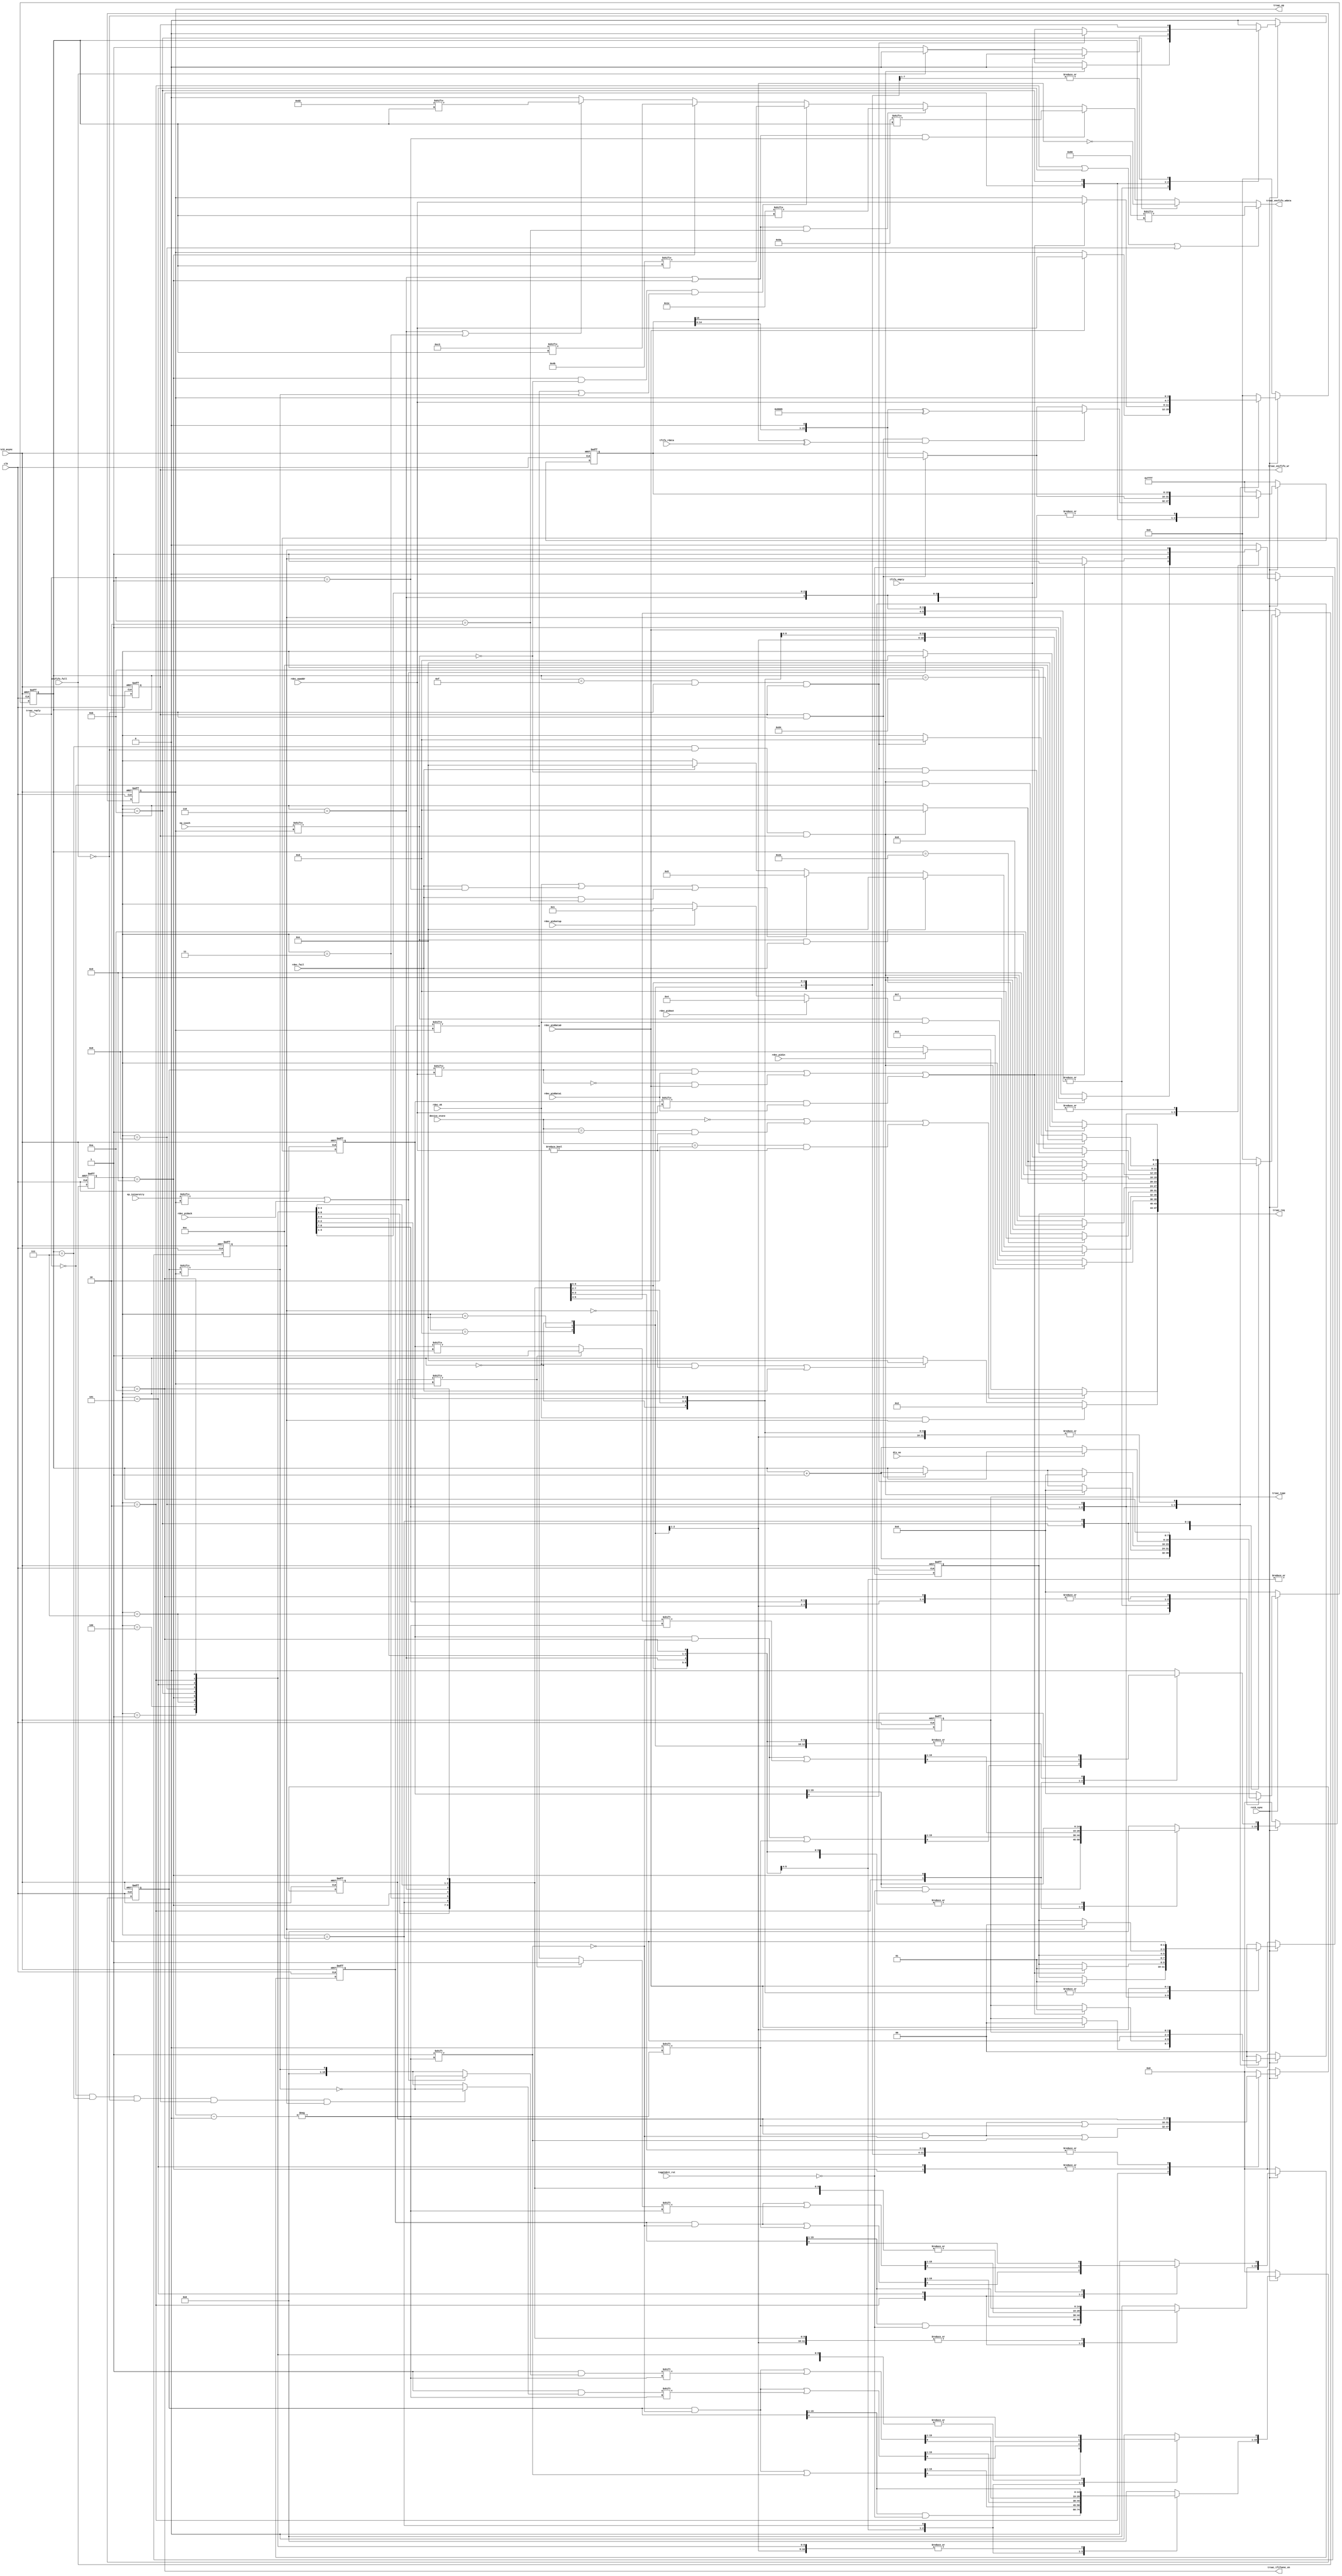
/*------------------------------------------------------------------------

1 Purpose

  Transactions control, toggle bits control.

2 Transaction IN control

  - Receive TOKEN packet;
  - request to user and wait reply from user;
  - send DATA packet;
  - wait HANDSHAKE packet from USB host (for not isochronous endpoints);
  - status transaction.

3 Transaction OUT/SETUP control

  - Receive TOKEN packet;
  - receive DATA packet;
  - request to user and wait reply from user;
  - send HANDSHAKE packet to USB host (for not isochronous endpoints);
  - status transaction.

------------------------------------------------------------------------*/
module usb_trsacner (
                    input           clk,
                    input           rst0_async,
                    input           rst0_sync,
                    //DECODER
                    input[3:0]      rdec_epaddr,
                    input           rdec_pidin,
                    input           rdec_pidout,
                    input           rdec_pidsetup,
                    input           rdec_piddata0,
                    input           rdec_piddata1,
                    input           rdec_pidack,
                    input          rdec_ok,
                    input          rdec_fail,
                    //ENCODER
                    input           encfifo_full,
                    input           dtx_oe,
                    output reg      trsac_encfifo_wr,
                    output          trsac_encfifo_wdata,
                    output          trsac_tfifoenc_en,
                    //TFIFO
                    input           tfifo_empty,
                    input           tfifo_rdata,
                    //TRSAC
                    input[1:0]      trsac_reply,
                    output reg[1:0] trsac_req,
                    output reg[1:0] trsac_type,
                    output reg[3:0] trsac_ep,

                    input[15:0]     ep_isoch,
                    input[15:0]     ep_intnoretry,

                    input[15:1]     togglebit_rst,
                    input[2:0]      device_state
                    );

  reg[15:0]   was_setup;
  reg[15:0]   was_out;
  reg[15:0]   was_in;
  reg[15:0]   toggle_bit;
  reg[15:0]   crc16;
  reg[7:0]    counter;
  reg         lastbit;
  reg         datapid_valid;
  wire        datapid_valid_comb;
  reg[3:0]    trsac_state;
  localparam  TOKEN=4'd0,
              //SETUP
              SETUPDATA=4'd1,
              SETUPHSK_SYNC=4'd2,
              SETUPHSK_PID=4'd3,
              //OUT
              OUTDATA=4'd4,
              OUTHSK_SYNC=4'd5,
              OUTHSK_PID=4'd6,
              OUTHSK_NONE=4'd7,
              //IN
              INDATA_SYNC=4'd8,
              INDATA_PID=4'd9,
              INDATA_DATA=4'd10,
              INDATA_CRC16=4'd11,
              INHSK=4'd12,
              //STATUS
              TRSAC_OK=4'd13,
              TRSAC_FAIL=4'd14;
  localparam  PID_IN=4'b1001,
              PID_OUT=4'b0001,
              PID_SOF=4'b0101,
              PID_SETUP=4'b1101,
              PID_DATA0=4'b0011,
              PID_DATA1=4'b1011,
              PID_ACK=4'b0010,
              PID_NAK=4'b1010,
              PID_STALL=4'b1110;
  wire[7:0]   sync;
  wire[7:0]   pid_ack;
  wire[7:0]   pid_nak;
  wire[7:0]   pid_stall;
  wire[7:0]   pid_data1;
  wire[7:0]   pid_data0;
  localparam  REQ_OK=2'd0,
              REQ_ACTIVE=2'd1,
              REQ_FAIL=2'd2;
  localparam  TYPE_SETUP=2'd0,
              TYPE_OUT=2'd1,
              TYPE_IN=2'd2;
  localparam  REPLY_ACK=2'd0,
              REPLY_NAK=2'd1,
              REPLY_STALL=2'd2;

  assign sync=8'b1000_0000;
  assign pid_ack= {~PID_ACK,PID_ACK};
  assign pid_nak= {~PID_NAK,PID_NAK};
  assign pid_stall= {~PID_STALL,PID_STALL};
  assign pid_data1= {~PID_DATA1,PID_DATA1};
  assign pid_data0= {~PID_DATA0,PID_DATA0};
  assign trsac_tfifoenc_en= trsac_state==INDATA_DATA;
  assign datapid_valid_comb= (toggle_bit[rdec_epaddr] & rdec_piddata1) |
                              (!toggle_bit[rdec_epaddr] & rdec_piddata0) |
                              (was_in[rdec_epaddr] & rdec_piddata1);
  assign trsac_encfifo_wdata= trsac_state==SETUPHSK_SYNC |
                          trsac_state==OUTHSK_SYNC |
                          trsac_state==INDATA_SYNC ? sync[counter] :

                          trsac_state==INDATA_CRC16 ? ~crc16[8'd15] :

                          (trsac_state==OUTHSK_PID |
                          trsac_state==INDATA_PID) &
                          trsac_reply==REPLY_NAK ? pid_nak[counter] :

                          (trsac_state==OUTHSK_PID |
                          trsac_state==INDATA_PID) &
                          trsac_reply==REPLY_STALL ? pid_stall[counter] :

                          trsac_state==INDATA_PID &
                          !ep_isoch[trsac_ep] &
                          (was_out[trsac_ep] |
                          toggle_bit[trsac_ep]) ? pid_data1[counter] :

                          trsac_state==INDATA_PID ? pid_data0[counter] :

                          (trsac_state==OUTHSK_PID |
                          trsac_state==SETUPHSK_PID) ? pid_ack[counter] :
                          1'b0;

  always @(posedge clk, negedge rst0_async)
    begin
    if(!rst0_async)
      begin
      trsac_encfifo_wr<=1'b0;
      trsac_req<=REQ_OK;
      trsac_type<=2'd0;
      trsac_ep<=4'd0;
      was_setup<=16'd0;
      was_out<=16'd0;
      was_in<=16'd0;
      toggle_bit<=16'd0;
      crc16<=16'hFFFF;
      counter<=8'd0;
      lastbit<=1'b0;
      datapid_valid<=1'b0;
      trsac_state<=4'd0;
      end
    else if(!rst0_sync)
      begin
      trsac_encfifo_wr<=1'b0;
      trsac_req<=REQ_OK;
      trsac_type<=2'd0;
      trsac_ep<=4'd0;
      was_setup<=16'd0;
      was_out<=16'd0;
      was_in<=16'd0;
      toggle_bit<=16'd0;
      crc16<=16'hFFFF;
      counter<=8'd0;
      lastbit<=1'b0;
      datapid_valid<=1'b0;
      trsac_state<=4'd0;
      end
    else
      begin
      case(trsac_state)
      TOKEN:
        begin
        datapid_valid<=1'b0;
        counter<=8'd0;
        was_in[15:1]<= was_in[15:1] & ~togglebit_rst;
        was_out[15:1]<= was_out[15:1] & ~togglebit_rst;
        toggle_bit[15:1]<= toggle_bit[15:1] & ~togglebit_rst;
        trsac_state<= device_state==4'd0 |
                      (device_state==4'd1 &
                       rdec_epaddr!=4'd0) |
                      (device_state==4'd2 &
                       rdec_epaddr!=4'd0) ? trsac_state :
                      rdec_pidin ? INDATA_SYNC :
                      rdec_pidout ? OUTDATA :
                      rdec_pidsetup ? SETUPDATA :
                      trsac_state;
        end
      SETUPDATA:
        begin
        trsac_type<= rdec_piddata0 ? TYPE_SETUP : trsac_type;
        trsac_ep<= rdec_piddata0 ? rdec_epaddr : trsac_ep;
        trsac_req<= rdec_piddata0 ? REQ_ACTIVE : trsac_req;
        datapid_valid<= rdec_piddata0 ? 1'b1 : datapid_valid;
        trsac_state<= rdec_ok & datapid_valid ? SETUPHSK_SYNC :
                      (rdec_ok & !datapid_valid) | rdec_fail ? TRSAC_FAIL:
                      trsac_state;
        end
      SETUPHSK_SYNC:
        begin
        was_setup[trsac_ep]<= 1'b1;
        was_in[trsac_ep]<=1'b0;
        was_out[trsac_ep]<=1'b0;
        trsac_encfifo_wr<= counter==8'd7 & !encfifo_full &
                           trsac_encfifo_wr ? 1'b0 :
                           !encfifo_full ? 1'b1 : 1'b0;
        counter<= counter==8'd7 & !encfifo_full &
                  trsac_encfifo_wr ? 8'd0 :
                  trsac_encfifo_wr & !encfifo_full ? counter+1'b1 :
                  counter;
        trsac_state<= counter==8'd7 & !encfifo_full &
                      trsac_encfifo_wr ? SETUPHSK_PID :
                      trsac_state;
        end
      SETUPHSK_PID:
        begin
        toggle_bit[trsac_ep]<=1'b1;
        trsac_encfifo_wr<=  counter==8'd7 & !encfifo_full &
                            trsac_encfifo_wr ? 1'b0 :
                            !encfifo_full ? 1'b1 : 1'b0;
        counter<= counter==8'd7 & !encfifo_full &
                  trsac_encfifo_wr ? 8'd0 :
                  trsac_encfifo_wr & !encfifo_full ? counter+1'b1 :
                  counter;
        trsac_state<= counter==8'd7 & !encfifo_full &
                      trsac_encfifo_wr ? TRSAC_OK :
                      trsac_state;
        end
      OUTDATA:
        begin
        trsac_type<= datapid_valid_comb ? TYPE_OUT : trsac_type;
        trsac_ep<= datapid_valid_comb ? rdec_epaddr : trsac_ep;
        trsac_req<= datapid_valid_comb ? REQ_ACTIVE : trsac_req;
        datapid_valid<= datapid_valid_comb ? 1'b1 : datapid_valid;
        trsac_state<= ep_isoch[trsac_ep] & rdec_ok ? OUTHSK_NONE :
                      ep_isoch[trsac_ep] & rdec_fail ? TRSAC_FAIL :
                      rdec_ok |
                      (rdec_fail & trsac_reply==REPLY_NAK) |
                      (rdec_fail & trsac_reply==REPLY_STALL) ?OUTHSK_SYNC:
                      rdec_fail ? TRSAC_FAIL :
                      trsac_state;
        end
      OUTHSK_NONE:
        begin
        counter<= counter+1'b1;
        trsac_state<= counter==8'd34 ? TRSAC_OK : trsac_state;
        end
      OUTHSK_SYNC:
        begin
        was_setup[trsac_ep]<=1'b0;
        was_out[trsac_ep]<= was_setup[trsac_ep] ? 1'b1 :
                            was_out[trsac_ep];
        trsac_encfifo_wr<= counter==8'd7 & !encfifo_full &
                           trsac_encfifo_wr ? 1'b0 :
                           !encfifo_full ? 1'b1 : 1'b0;
        counter<= counter==8'd7 & !encfifo_full &
                  trsac_encfifo_wr ? 8'd0 :
                  trsac_encfifo_wr & !encfifo_full ? counter+1'b1 :
                  counter;
        trsac_state<= counter==8'd7 & !encfifo_full &
                      trsac_encfifo_wr ? OUTHSK_PID :
                      trsac_state;
        end
      OUTHSK_PID:
        begin
        toggle_bit[trsac_ep]<= trsac_reply==REPLY_ACK &
                               counter==8'd7 & !encfifo_full &
                               trsac_encfifo_wr &
                               datapid_valid? ~toggle_bit[trsac_ep]:
                               toggle_bit[trsac_ep];
        trsac_encfifo_wr<=  counter==8'd7 & !encfifo_full &
                            trsac_encfifo_wr ? 1'b0 :
                            !encfifo_full ? 1'b1 : 1'b0;
        counter<= counter==8'd7 & !encfifo_full &
                  trsac_encfifo_wr ? 8'd0 :
                  trsac_encfifo_wr & !encfifo_full ? counter+1'b1 :
                  counter;
        trsac_state<= counter==8'd7 & !encfifo_full &
                      trsac_encfifo_wr ? TRSAC_OK :
                      trsac_state;
        end
      INDATA_SYNC:
        begin
        datapid_valid<=1'b1;
        trsac_type<= TYPE_IN;
        trsac_ep<= rdec_epaddr;
        trsac_req<= REQ_ACTIVE;
        trsac_encfifo_wr<= counter==8'd7 & !encfifo_full &
                           trsac_encfifo_wr ? 1'b0 :
                           !encfifo_full ? 1'b1 : 1'b0;
        counter<= counter==8'd7 & !encfifo_full &
                  trsac_encfifo_wr ? 8'd0 :
                  trsac_encfifo_wr & !encfifo_full ? counter+1'b1 :
                  counter;
        trsac_state<= counter==8'd7 & !encfifo_full &
                      trsac_encfifo_wr ? INDATA_PID :
                      trsac_state;
        end
      INDATA_PID:
        begin
        was_setup[trsac_ep]<=1'b0;
        was_in[trsac_ep]<= was_setup[trsac_ep] ? 1'b1 :
                           was_in[trsac_ep];
        crc16<= 16'hFFFF;
        trsac_encfifo_wr<= counter==8'd7 & !encfifo_full &
                           trsac_encfifo_wr ? 1'b0 :
                           !encfifo_full ? 1'b1 : 1'b0;
        counter<= counter==8'd7 & !encfifo_full &
                  trsac_encfifo_wr ? 8'd0 :
                  trsac_encfifo_wr & !encfifo_full ? counter+1'b1 :
                  counter;
        trsac_state<= counter==8'd7 & !encfifo_full &
                      trsac_encfifo_wr &
                      trsac_reply==REPLY_ACK ? INDATA_DATA :
                      counter==8'd7 & !encfifo_full &
                      trsac_encfifo_wr ? TRSAC_OK :
                      trsac_state;
        end
      INDATA_DATA:
        begin
        trsac_encfifo_wr<=  tfifo_empty ? 1'b0 :
                            !encfifo_full ? 1'b1 : 1'b0;
        crc16<= trsac_encfifo_wr & !encfifo_full &
                (crc16[15]^tfifo_rdata) ?
                {crc16[14:0],1'b0}^16'h8005 :
                trsac_encfifo_wr & !encfifo_full ? {crc16[14:0],1'b0} :
                crc16;
        trsac_state<= tfifo_empty ? INDATA_CRC16 : trsac_state;
        end
      INDATA_CRC16:
        begin
        trsac_encfifo_wr<= counter==8'd15 & !encfifo_full &
                           trsac_encfifo_wr ? 1'b0 :
                           !encfifo_full ? 1'b1 : 1'b0;
        crc16<= trsac_encfifo_wr & !encfifo_full ? {crc16[14:0],1'b0} :
                crc16;
        counter<= counter==8'd15 & !encfifo_full &
                  trsac_encfifo_wr ? 8'd0 :
                  trsac_encfifo_wr & !encfifo_full ? counter+1'b1 :
                  counter;
        trsac_state<= counter==8'd15 & !encfifo_full &
                      trsac_encfifo_wr &
                      !ep_isoch[trsac_ep] ? INHSK :
                      counter==8'd15 & !encfifo_full &
                      trsac_encfifo_wr ? TRSAC_OK :
                      trsac_state;
        end
      INHSK:
        begin
        counter<= !dtx_oe ? counter+1'b1 : counter;
        toggle_bit[trsac_ep]<= ep_intnoretry[trsac_ep] |
                                  rdec_pidack ? ~toggle_bit[trsac_ep] :
                                  toggle_bit[trsac_ep];
        trsac_state<=counter==(5'd16*3'd4+5'd17*3'd4) ? TRSAC_FAIL :
                     rdec_pidack | ep_intnoretry[trsac_ep] ? TRSAC_OK :
                     trsac_state;
        end
      TRSAC_OK:
        begin
        trsac_req<= datapid_valid ? REQ_OK : trsac_req;
        trsac_state<= TOKEN;
        end
      TRSAC_FAIL:
        begin
        trsac_req<= REQ_FAIL;
        trsac_state<= TOKEN;
        end
      default:
        begin
        trsac_encfifo_wr<=1'b0;
        trsac_req<=REQ_OK;
        trsac_type<=2'd0;
        trsac_ep<=4'd0;
        was_setup<=16'd0;
        was_out<=16'd0;
        was_in<=16'd0;
        toggle_bit<=16'd0;
        crc16<=16'hFFFF;
        counter<=8'd0;
        lastbit<=1'b0;
        datapid_valid<=1'b0;
        trsac_state<=4'd0;
        end
      endcase
      end
    end
endmodule